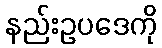
နည်းဥပဒေကို